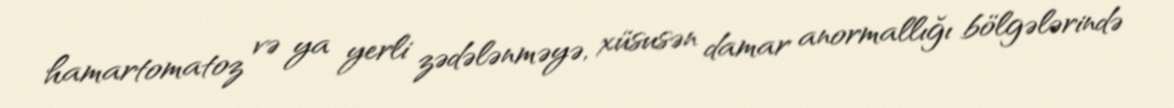
hamartomatoz və ya yerli zədələnməyə, xüsusən damar anormallığı bölgələrində